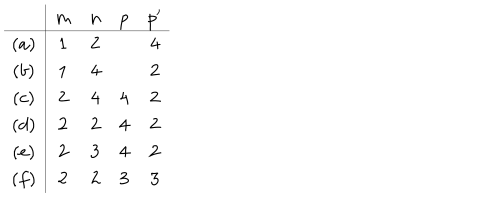
\begin{array} { c | c c c c } { { } } & { { m } } & { { n } } & { { p } } & { { p ^ { \prime } } } \\ \hline { { ( a ) } } & { { 1 } } & { { 2 } } & { { } } & { { 4 } } \\ { { ( b ) } } & { { 1 } } & { { 4 } } & { { } } & { { 2 } } \\ { { ( c ) } } & { { 2 } } & { { 4 } } & { { 4 } } & { { 2 } } \\ { { ( d ) } } & { { 2 } } & { { 2 } } & { { 4 } } & { { 2 } } \\ { { ( e ) } } & { { 2 } } & { { 3 } } & { { 4 } } & { { 2 } } \\ { { ( f ) } } & { { 2 } } & { { 2 } } & { { 3 } } & { { 3 } } \\ \end{array}